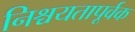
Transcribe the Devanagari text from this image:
निश्चयतापूर्वक